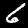
Digit: 6